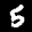
Label: 5